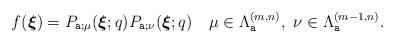
LaTeX: \begin{align*}f(\boldsymbol{\xi})= P_{\texttt{a};\mu} (\boldsymbol{\xi};q) P_{\texttt{a};\nu} (\boldsymbol{\xi};q ) \quad\mu\in \Lambda^{(m,n)}_{\texttt{a}},\ \nu\in \Lambda^{(m-1,n)}_{\texttt{a}}.\end{align*}